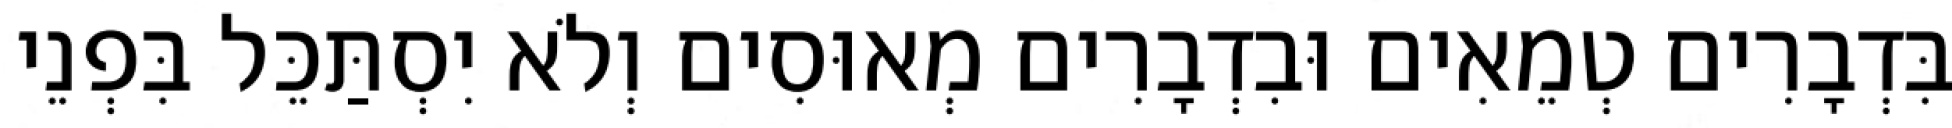
בִּדְבָרִים טְמֵאִים וּבִדְבָרִים מְאוּסִים וְלֹא יִסְתַּכֵּל בִּפְנֵי